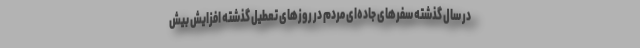
در سال گذشته سفر‌های جاده‌ای مردم در روز‌های تعطیل گذشته افزایش بیش